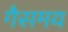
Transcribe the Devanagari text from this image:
गैसमय